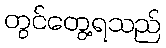
တွင်တွေ့ရသည်